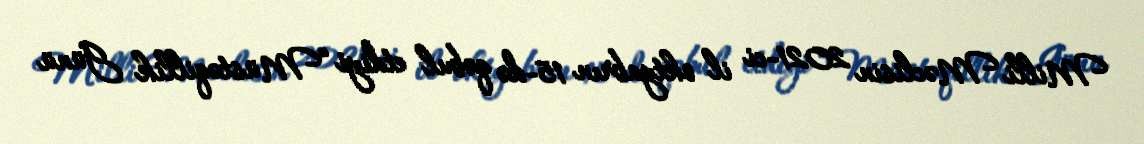
Milli Məclisin 2021-ci il oktyabrın 15-də qəbul etdiyi “Müstəqillik Günü